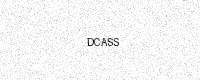
Text: DCASS